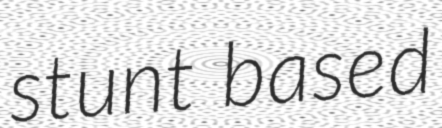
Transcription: stunt based